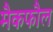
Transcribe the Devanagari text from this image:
मैकफौल